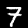
Label: 7